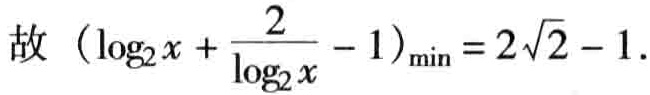
故 \((\log_{2}x + \frac{2}{\log_{2}x} - 1)_{\min}=2\sqrt{2} - 1\).